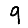
Digit: 9